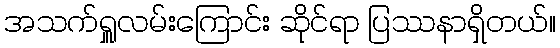
အသက်ရှူလမ်းကြောင်း ဆိုင်ရာ ပြဿနာရှိတယ်။